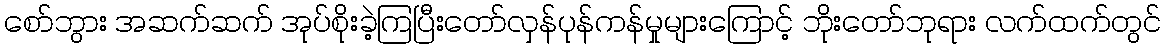
စော်ဘွား အဆက်ဆက် အုပ်စိုးခဲ့ကြပြီးတော်လှန်ပုန်ကန်မှုများကြောင့် ဘိုးတော်ဘုရား လက်ထက်တွင်